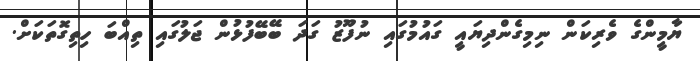
ޔާމީންގެ ވެރިކަން ނިމިގެންދިޔައީ ގައުމުގައި ނުފޫޒު ގަދަ ބޭބޭފުޅުން ޖަލުގައި ތިއްބަ ހިތިގޮތަކަށް.